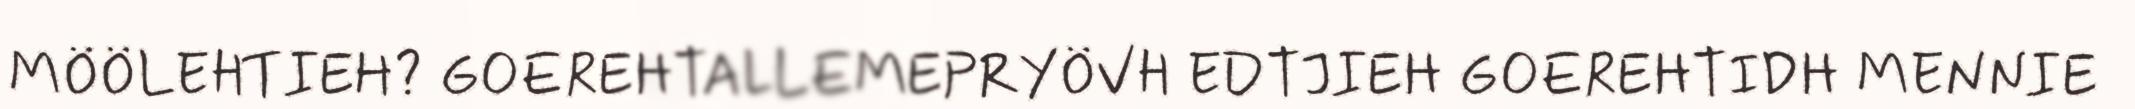
MÖÖLEHTIEH? GOEREHTALLEMEPRYÖVH EDTJIEH GOEREHTIDH MENNIE